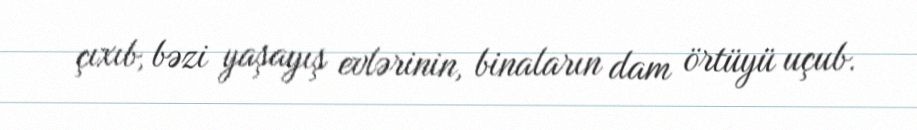
çıxıb, bəzi yaşayış evlərinin, binaların dam örtüyü uçub.